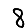
Digit: 8